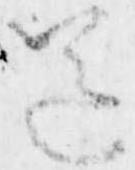
送